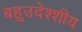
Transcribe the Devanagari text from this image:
बहुउदेश्शीय